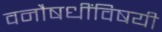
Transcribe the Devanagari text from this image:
वनौषधींविषयी